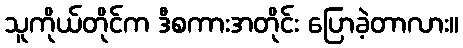
သူကိုယ်တိုင်က ဒီစကားအတိုင်း ပြောခဲ့တာလား။